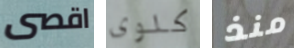
اقصى كلوى منذ